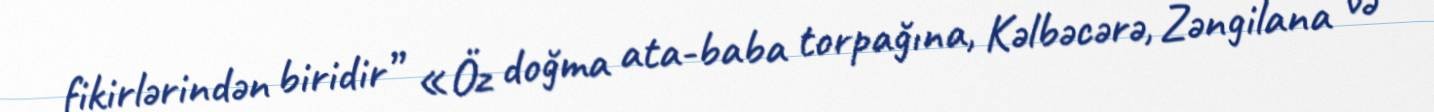
fikirlərindən biridir” «Öz doğma ata-baba torpağına, Kəlbəcərə, Zəngilana və